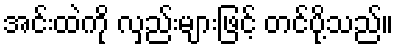
အင်းထဲကို လှည်းများဖြင့် တင်ပို့သည်။